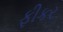
ફીકર